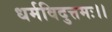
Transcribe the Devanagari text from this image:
धर्मविदुत्तमः।।